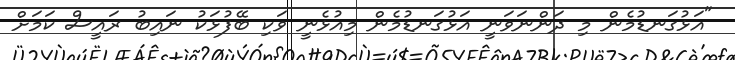
"އަޅުގަނޑުމެން މި ދަންނަވަނީ އަޅުގަނޑުމެން މިއުޅެނީ ވަކި ބޭފުޅަކު ނައިބު ރައީސް ކަމަށް